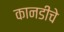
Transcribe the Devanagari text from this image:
कानडीचे